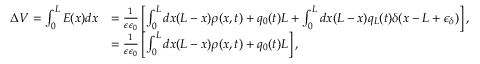
\begin{array} { r l } { \Delta V = \int _ { 0 } ^ { L } E ( x ) d x } & { = \frac { 1 } { \epsilon \epsilon _ { 0 } } \left[ \int _ { 0 } ^ { L } d x ( L - x ) \rho ( x , t ) + q _ { 0 } ( t ) L + \int _ { 0 } ^ { L } d x ( L - x ) q _ { L } ( t ) \delta ( x - L + \epsilon _ { \delta } ) \right] , } \\ & { = \frac { 1 } { \epsilon \epsilon _ { 0 } } \left[ \int _ { 0 } ^ { L } d x ( L - x ) \rho ( x , t ) + q _ { 0 } ( t ) L \right] , } \end{array}